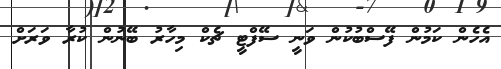
އެހެން ކަމުން ފޭސްބުކުން ވަނީ ސޭފްޓީ ޗެކް މިހާރު ބޭނުން ކުރާ ވަރަށް